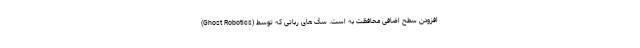
افزودن سطح اضافی محافظت به است. سگ های رباتی که توسط (Ghost Robotics)